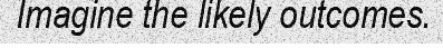
Imagine the likely outcomes.